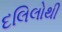
દલિલોથી